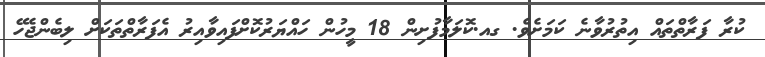
ކުރާ ފަރާތްތައް އިތުރުވާނެ ކަމަށެވެ. ގއ.ކޮލަމާފުށިން 18 މީހުން ހައްޔަރުކޮށްފައިވާއިރު އެފަރާތްތަކަށް ލިބެންޖެހޭ